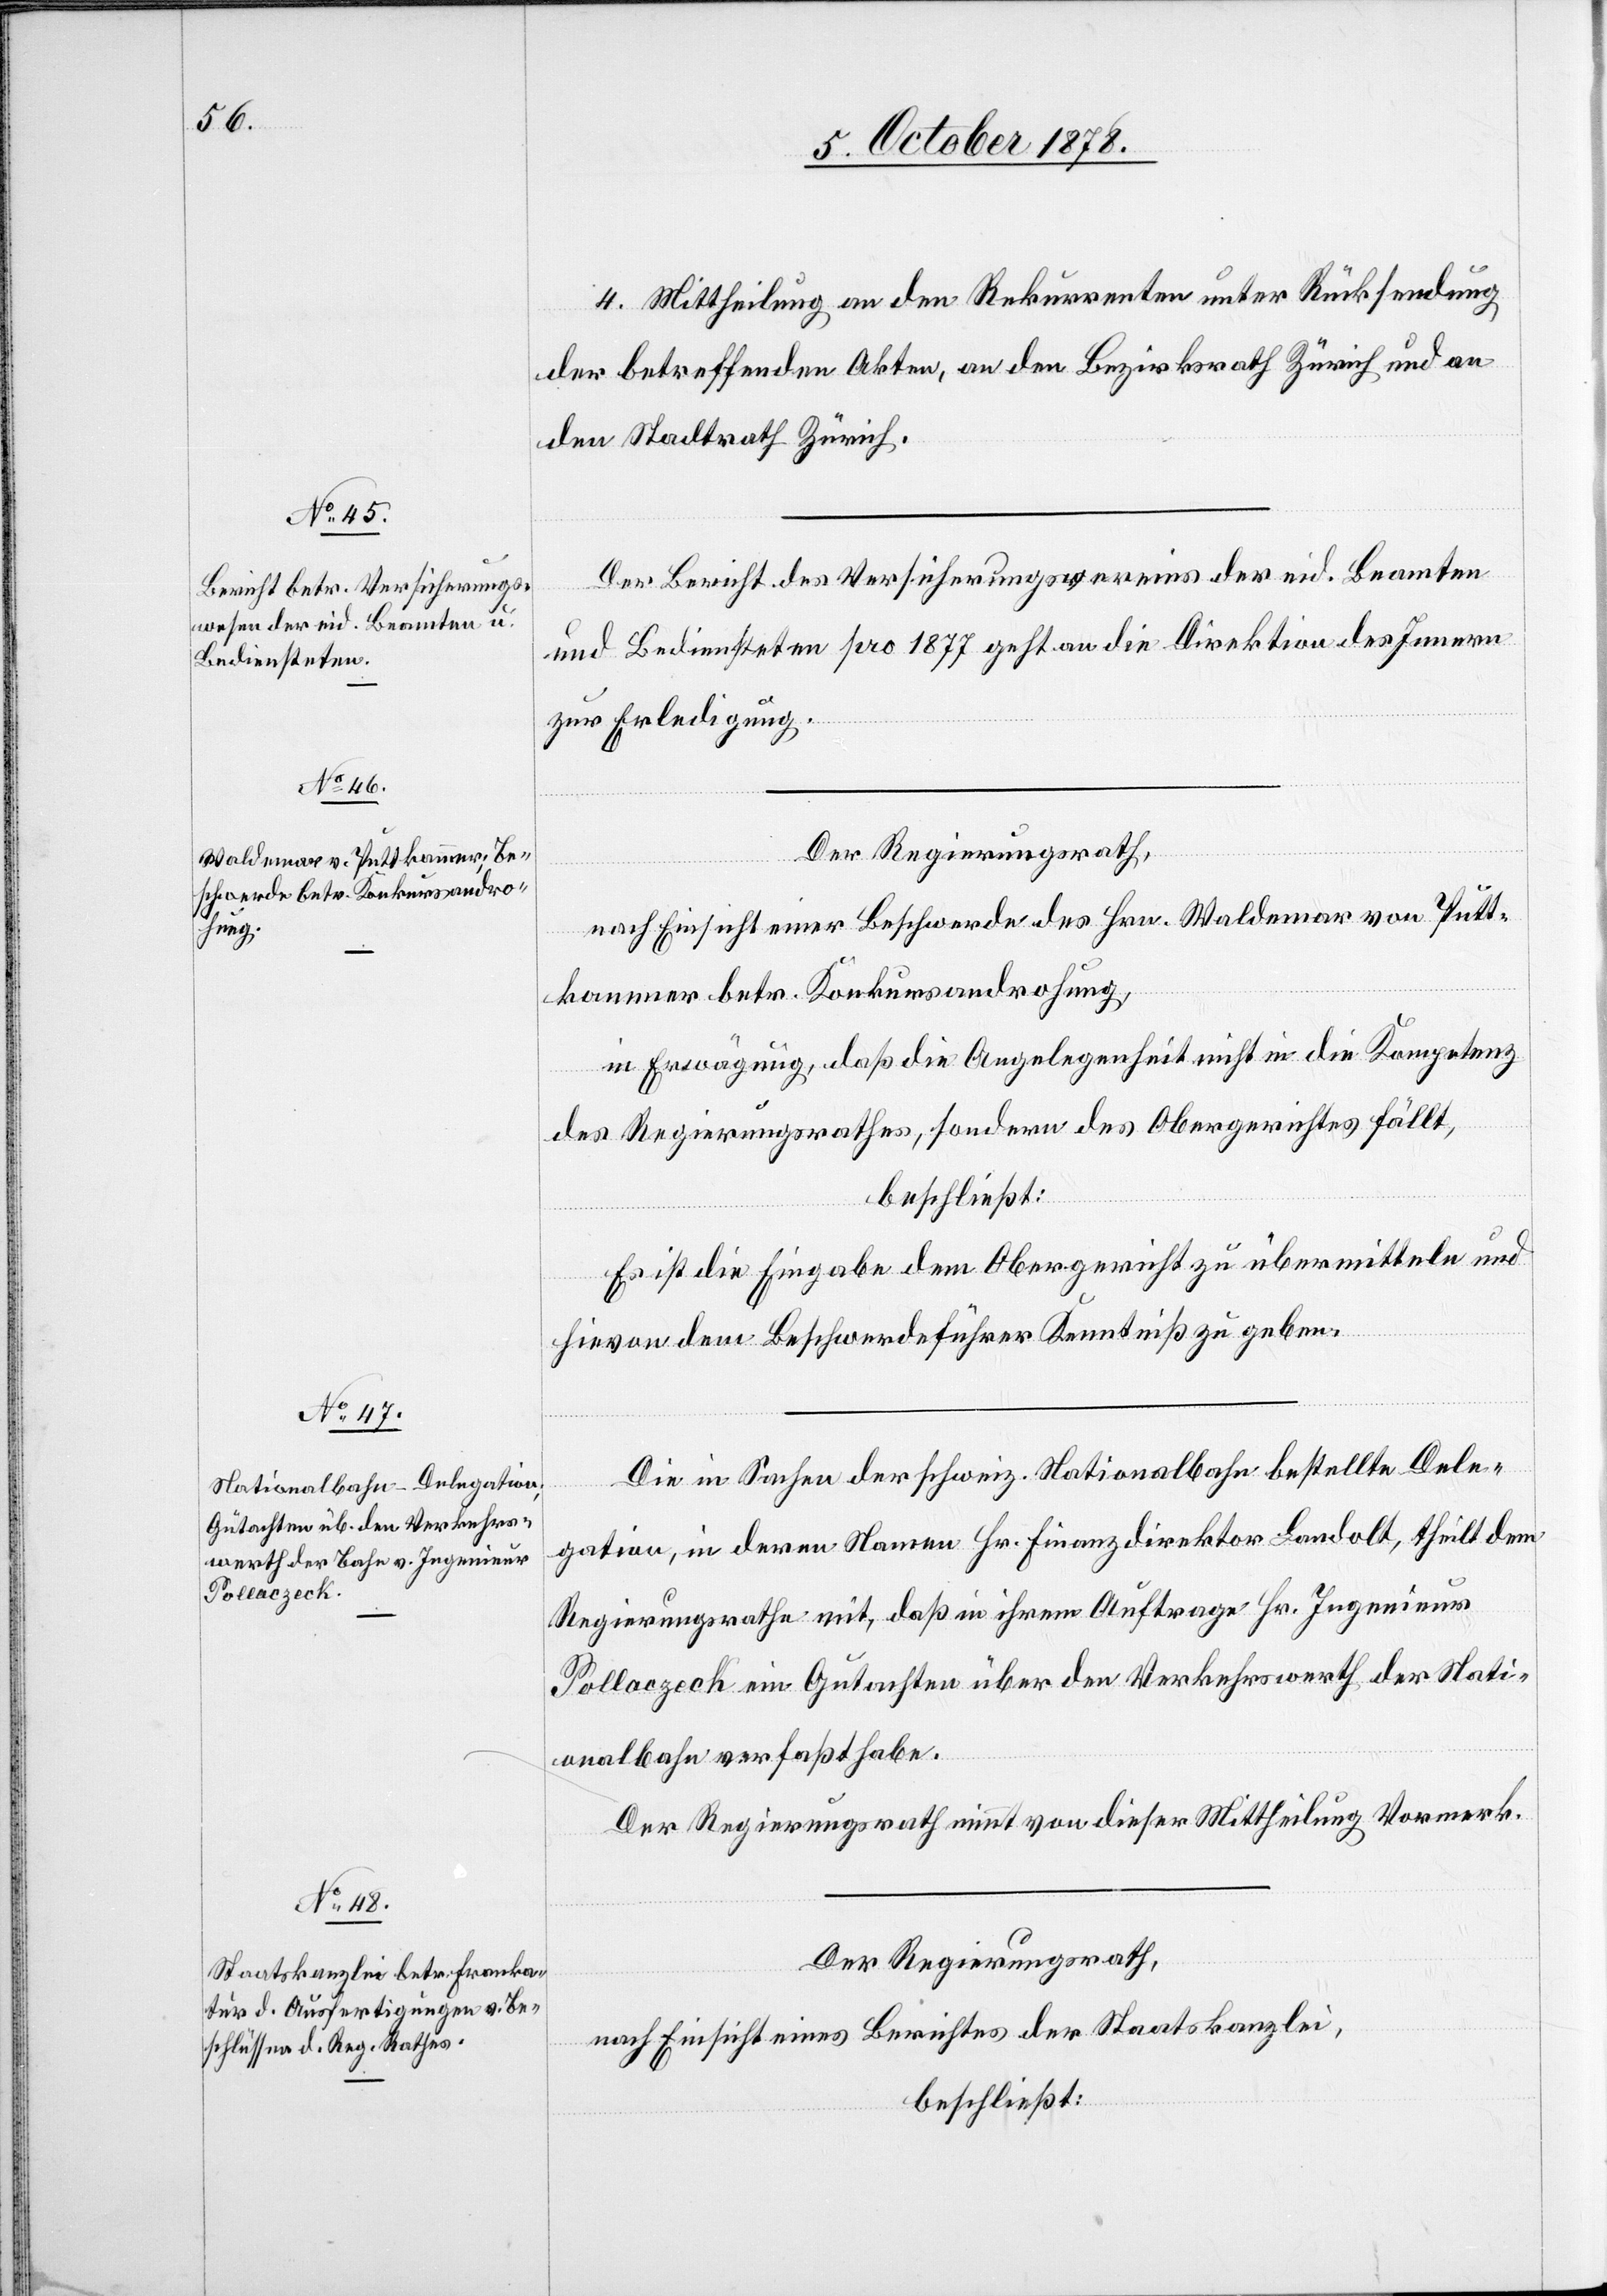
4. Mittheilung an den Rekurrenten unter Rücksendung
der betreffenden Akten, an den Bezirksrath Zürich und an
den Stadtrath Zürich.
Der Bericht des Versicherungsvereins der eid. Beamten
und Bediensteten pro 1877 geht an die Direktion des Innern
zur Erledigung.
Der Regierungsrath,
nach Einsicht einer Beschwerde des Hrn. Waldemar von Putt¬
kammer betr. Konkursandrohung,
in Erwägung, daß die Angelegenheit nicht in die Kompetenz
des Regierungsrathes, sondern des Obergerichtes fällt,
beschließt:
Es ist die Eingabe dem Obergericht zu übermitteln und
hievon dem Beschwerdeführer Kenntniß zu geben.
Die in Sachen der schweiz. Nationalbahn bestellte Dele¬
gation, in deren Namen Hr. Finanzdirektor Landolt, theilt dem
Regierungsrath mit, daß in ihrem Auftrage Hr. Ingenieur
Pollaczeck ein Gutachten über den Verkehrswerth der Nati¬
onalbahn verfasst habe.
Der Regierungsrath nimmt von dieser Mittheilung Vormerk.
Der Regierungsrath,
nach Einsicht eines Berichtes der Staatskanzlei,
beschließt: